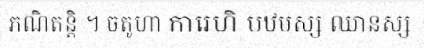
ភណិតន្តិ ។ ចតូហា ការេហិ បឋមស្ស ឈានស្ស